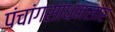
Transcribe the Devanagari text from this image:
पंचांगसाधनसार